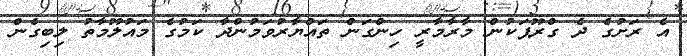
އެ ރަށުގެ ދެ ގްރޫޕަކުން މާރާމާރީ ހިންގަން ތައްޔާރުވަމުންދާ ކަމުގެ މައުލޫމާތު ލިބިގެން